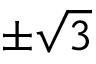
\pm \sqrt { 3 }